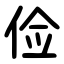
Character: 俭